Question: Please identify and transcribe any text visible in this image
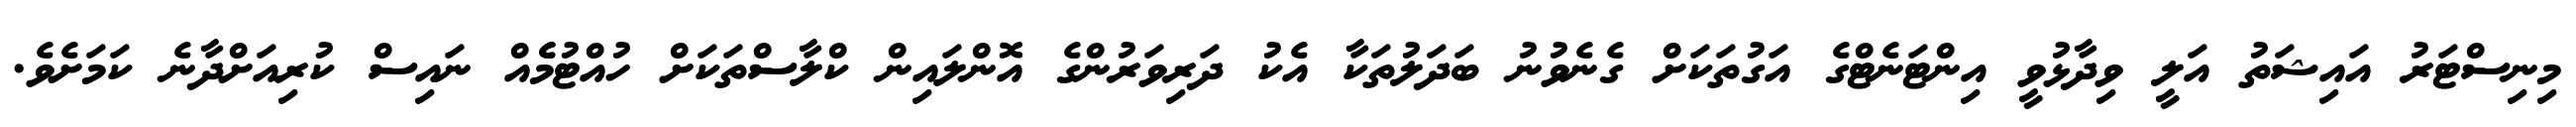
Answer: މިނިސްޓަރު އައިޝަތު އަލީ ވިދާޅުވީ އިންޓަނެޓްގެ އަގުތަކަށް ގެނެވުނު ބަދަލުތަކާ އެކު ދަރިވަރުންގެ އޮންލައިން ކްލާސްތަކަށް ހުއްޓުމެެއް ނައިސް ކުރިއަށްދާނެ ކަމަށެވެ.